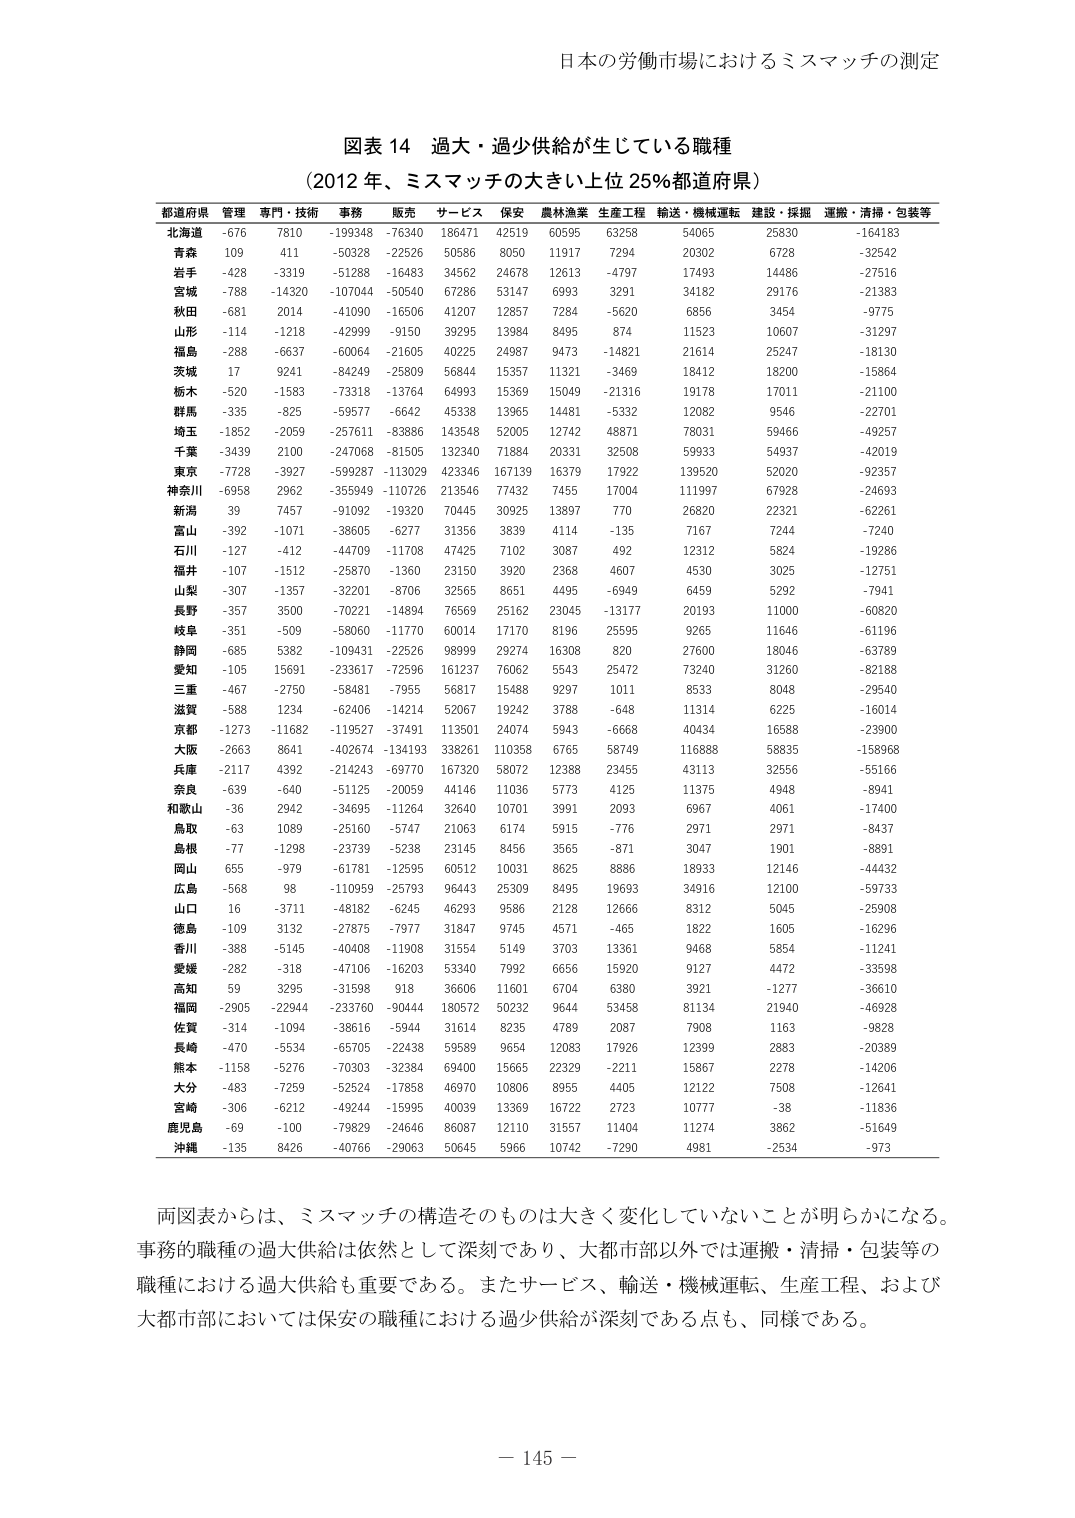
日本の労働市場におけるミスマッチの測定

図表 14 過大・過少供給が生じている職種
（2012 年、ミスマッチの大きい上位 25％都道府県）

都道府県 管理 専門・技術 事務 販売 サービス 保安 農林漁業 生産工程 輸送・機械運転 建設・採掘 運搬・清掃・包装等
北海道 -676 7810 -199348 -76340 186471 42519 60595 63258 54065 25830 -164183
青森 109 411 -50328 -22526 50586 8050 11917 7294 20302 6728 -32542
岩手 -428 -3319 -51288 -16483 34562 24678 12613 -4797 17493 14486 -27516
宮城 -788 -14320 -107044 -50540 67286 53147 6993 3291 34182 29176 -21383
秋田 -681 2014 -41090 -16506 41207 12857 7284 -5620 6856 3454 -9775
山形 -114 -1218 -42999 -9150 39295 13984 8495 874 11523 10607 -31297
福島 -288 -6637 -60064 -21605 40225 24987 9473 -14821 21614 25247 -18130
茨城 17 9241 -84249 -25809 56844 15357 11321 -3469 18412 18200 -15864
栃木 -520 -1583 -73318 -13764 64993 15369 15049 -21316 19178 17011 -21100
群馬 -335 -825 -59577 -6642 45338 13965 14481 -5332 12082 9546 -22701
埼玉 -1852 -2059 -257611 -83886 143548 52005 12742 48871 78031 59466 -49257
千葉 -3439 2100 -247068 -81505 132340 71884 20331 32508 59933 54937 -42019
東京 -7728 -3927 -599287 -113029 423346 167139 16379 17922 139520 52020 -92357
神奈川 -6958 2962 -355949 -110726 213546 77432 7485 17004 111997 67928 -24693
新潟 39 7457 -91092 -19320 70445 30925 13897 770 26820 22321 -62261
富山 -392 -1071 -38605 -6277 31356 3839 4114 -135 7167 7244 -7240
石川 -127 -412 -44709 -11708 47425 7102 3087 492 12312 5824 -19286
福井 -107 -1512 -25870 -1360 23150 3920 2368 4607 4530 3025 -12751
山梨 -307 -1357 -32201 -8706 32565 8651 4495 -6949 6459 5292 -7941
長野 -357 3500 -70221 -14894 76569 25162 23045 -13177 20193 11000 -60820
岐阜 -351 -509 -58060 -11770 60014 17170 8196 25595 9265 11646 -61196
静岡 -685 5382 -109431 -22526 98999 29274 16308 820 27600 18046 -63789
愛知 -105 15691 -233617 -72596 161237 76062 5543 25472 73240 31260 -82188
三重 -467 -2750 -58481 -7955 56817 15488 9297 1011 8533 8048 -29540
滋賀 -588 1234 -62406 -14214 52067 19242 3788 -648 11314 6225 -16014
京都 -1273 -11682 -119527 -37491 113501 24074 5943 -6668 40434 16588 -23900
大阪 -2663 8641 -402674 -134193 338261 110358 6765 58749 116888 58835 -158968
兵庫 -2117 4392 -214243 -69770 167320 58072 12388 23455 43113 32556 -55166
奈良 -639 -640 -51125 -20059 44146 11036 5773 4125 11375 4948 -8941
和歌山 -36 2942 -34695 -11264 32640 10701 3991 2093 6967 4061 -17400
鳥取 -63 1089 -25160 -5747 21063 6174 5915 -776 2971 2971 -8437
島根 -77 -1298 -23739 -5238 23145 8456 3565 -871 3047 1901 -8891
岡山 655 -979 -61781 -12595 60512 10031 8625 8886 18933 12146 -44432
広島 -568 98 -110959 -25793 96443 25309 8495 19693 34916 12100 -59733
山口 16 -3711 -48182 -6245 46293 9586 2128 12666 8312 5045 -25908
徳島 -109 3132 -27875 -7977 31847 9745 4571 -465 1822 1605 -16296
香川 -388 -5145 -40408 -11908 31554 5149 3703 13361 9468 5854 -11241
愛媛 -282 -318 -47106 -16203 53340 7992 6656 15920 9127 4472 -33598
高知 59 3295 -31598 918 36606 11601 6704 6380 3921 -1277 -36610
福岡 -2905 -22944 -233760 -90444 180572 50232 9644 53458 81134 21940 -46928
佐賀 -314 -1094 -38616 -5944 31614 8235 4789 2087 7908 1163 -9828
長崎 -470 -5534 -65705 -22438 59589 9654 12083 17926 12399 2883 -20389
熊本 -1158 -5276 -70303 -32384 69400 15665 22329 -2211 15867 2278 -14206
大分 -483 -7259 -52524 -17858 46970 10806 8955 4405 12122 7508 -12641
宮崎 -306 -6212 -49244 -15995 40039 13369 16722 2723 10777 -38 -11836
鹿児島 -69 -100 -79829 -24646 86087 12110 31557 11404 11274 3862 -51649
沖縄 -135 8426 -40766 -29063 50645 5966 10742 -7290 4981 -2534 -973

両図表からは、ミスマッチの構造そのものは大きく変化していないことが明らかになる。
事務の職種の過大供給は依然として深刻であり、大都市部以外では運搬・清掃・包装等の
職種における過大供給も重要である。またサービス、輸送・機械運転、生産工程、および
大都市部においては保安の職種における過少供給が深刻である点も、同様である。

－ 145 －